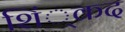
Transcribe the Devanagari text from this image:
शिं्कद